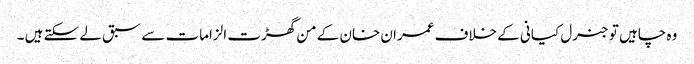
وہ چاہیں تو جنرل کیانی کے خلاف عمران خان کے من گھڑت الزامات سے سبق لے سکتے ہیں ۔